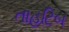
તાહટિબ